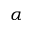
\alpha